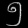
Digit: ၅